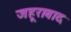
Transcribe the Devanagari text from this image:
जहूराबाद